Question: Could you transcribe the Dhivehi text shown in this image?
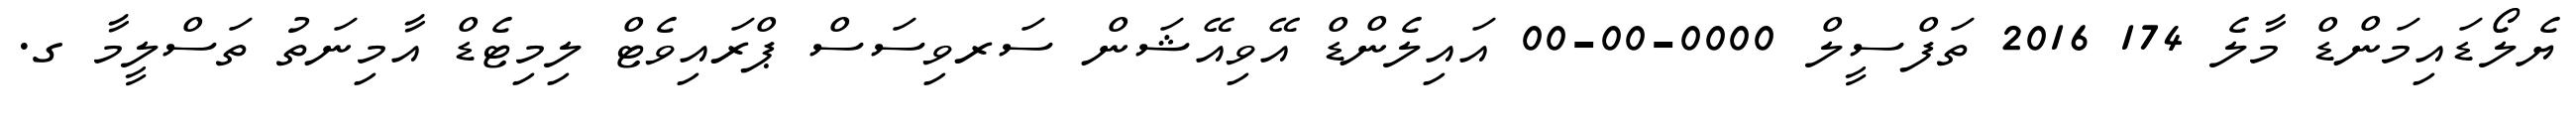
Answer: ޔެލޯޑައިމަންޑް މާލެ 174 2016 ތަފްސީލް 0000-00-00 އައިލެންޑް އޭވިއޭޝަން ސަރވިސަސް ޕްރައިވެޓް ލިމިޓެޑް އާމިނަތު ތަސްލީމާ ގ.